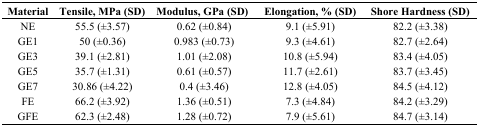
| Material | Tensile, MPa (SD) | Modulus, GPa (SD) | Elongation, % (SD) | Shore Hardness (SD) |
 | --- | --- | --- | --- | --- |
 | NE | 55.5 (±3.57) | 0.62 (±0.84) | 9.1 (±5.91) | 82.2 (±3.38) |
 | GE1 | 50 (±0.36) | 0.983 (±0.73) | 9.3 (±4.61) | 82.7 (±2.64) |
 | GE3 | 39.1 (±2.81) | 1.01 (±2.08) | 10.8 (±5.94) | 83.4 (±4.05) |
 | GE5 | 35.7 (±1.31) | 0.61 (±0.57) | 11.7 (±2.61) | 83.7 (±3.45) |
 | GE7 | 30.86 (±4.22) | 0.4 (±3.46) | 12.8 (±4.05) | 84.5 (±4.12) |
 | FE | 66.2 (±3.92) | 1.36 (±0.51) | 7.3 (±4.84) | 84.2 (±3.29) |
 | GFE | 62.3 (±2.48) | 1.28 (±0.72) | 7.9 (±5.61) | 84.7 (±3.14) |